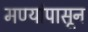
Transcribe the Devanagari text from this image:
मण्यांपासून